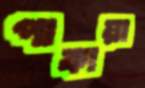
পাকায়া